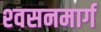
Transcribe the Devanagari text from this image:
श्‍वसनमार्ग